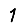
Digit: 1